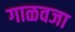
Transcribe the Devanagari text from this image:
गाळवजा